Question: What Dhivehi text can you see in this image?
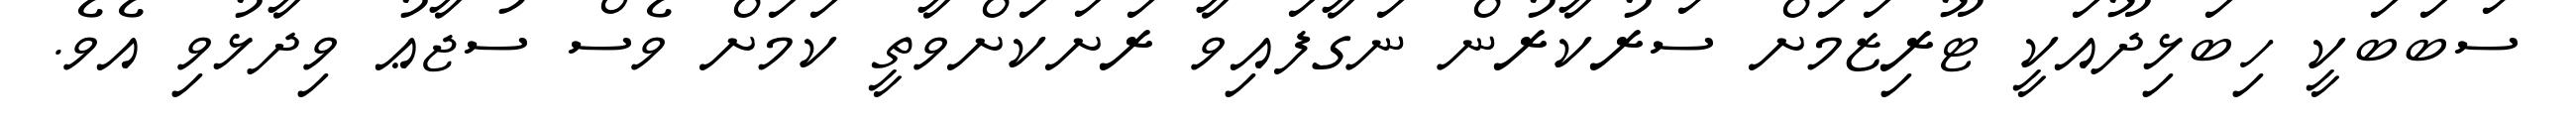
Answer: ސަބަބަކީ ހިބަޅިދޫއަކީ ޓޫރިޒަމަށް ސަރުކާރުން ނަގާފައިވާ ރަށަކަށްވާތީ ކަމަށް ވެސް ސުޖާޢު ވިދާޅުވި އެވެ.